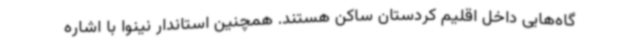
گاه‌هایی داخل اقلیم کردستان ساکن هستند. همچنین استاندار نینوا با اشاره